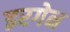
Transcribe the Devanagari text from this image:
इरगेन